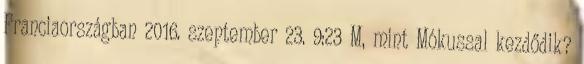
Franciaországban 2016. szeptember 23. 9:23 M, mint Mókussal kezdődik?